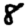
Digit: 8